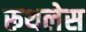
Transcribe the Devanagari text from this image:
रूथलेस